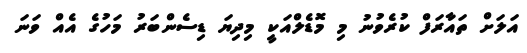
އަލަށް ތައާރަފް ކުރެވުނު މި މޮޑެލްއަކީ މިދިޔަ ޑިސެންބަރު މަހުގެ އެއް ވަނަ